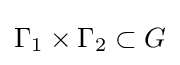
\Gamma _{1}\times \Gamma _{2}\subset G